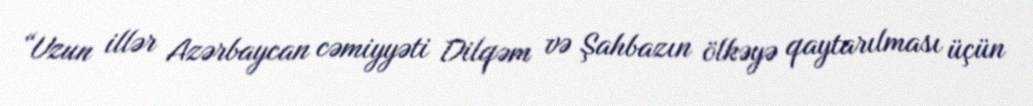
“Uzun illər Azərbaycan cəmiyyəti Dilqəm və Şahbazın ölkəyə qaytarılması üçün